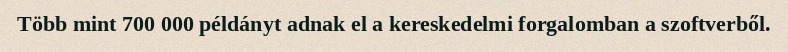
Több mint 700 000 példányt adnak el a kereskedelmi forgalomban a szoftverből.